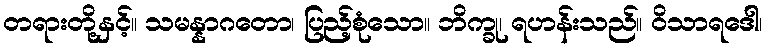
တရားတို့နှင့်။ သမန္နာဂတော၊ ပြည့်စုံသော။ ဘိက္ခု၊ ရဟန်းသည်။ ဝိသာရဒေါ၊